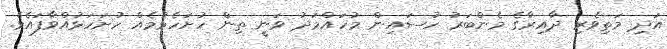
އަދި މަތިވެރި ދާއިރާގެ މެންބަރު ހުސައިން މުހައްމަދު ވަނީ ތިން ހުށަހެޅުމެއް ހުށަހަޅުއްވާފައެވެ.